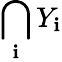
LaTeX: \bigcap_{\mathbf{i}}Y_{\mathbf{i}}